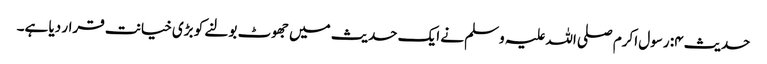
حدیث ۴: رسول اکرم صلی اللہ علیہ وسلم نے ایک حدیث میں جھوٹ بولنے کو بڑی خیانت قرار دیا ہے۔